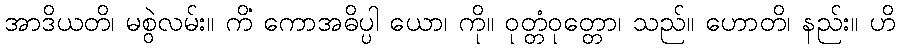
အာဒိယတိ၊ မစွဲလမ်း။ ကိံ ကောအဓိပ္ပါ ယော၊ ကို။ ဝုတ္တံဝုတ္တော၊ သည်။ ဟောတိ၊ နည်း။ ဟိ